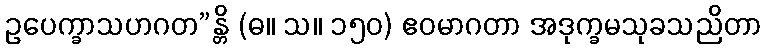
ဥပေက္ခာသဟဂတ”န္တိ (ဓ။ သ။ ၁၅၀) ဧဝမာဂတာ အဒုက္ခမသုခသညိတာ